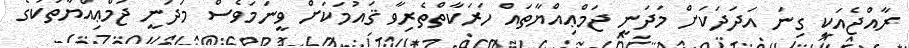
ރާއްޖެއަކީ ގިނަ އަދަދަކަށް މަދަނީ ޖަމްޢިއްޔާތައް ހަރަކާތްތެރިވާ ޤައުމަކަށް ވީނަމަވެސް މަދަނީ ޖަމްޢިއްޔާތަކުގެ